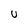
Character: U